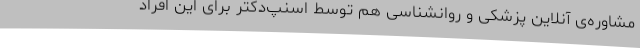
مشاوره‌ی آنلاین پزشکی و روانشناسی هم توسط اسنپ‌دکتر برای این افراد